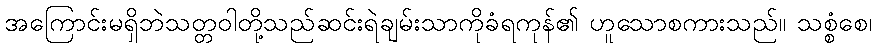
အကြောင်းမရှိဘဲသတ္တဝါတို့သည်ဆင်းရဲချမ်းသာကိုခံရကုန်၏ ဟူသောစကားသည်။ သစ္စံစေ၊